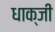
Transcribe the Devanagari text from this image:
धाक्जी